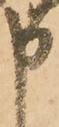
申